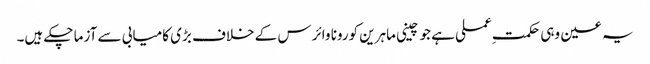
یہ عین وہی حکمتِ عملی ہے جو چینی ماہرین کورونا وائرس کے خلاف بڑی کامیابی سے آزما چکے ہیں۔